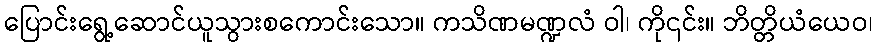
ပြောင်းရွေ့ဆောင်ယူသွားစကောင်းသော။ ကသိဏမဏ္ဍလံ ဝါ၊ ကို၎င်း။ ဘိတ္တိယံယေဝ၊